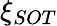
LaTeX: \xi_{SOT}